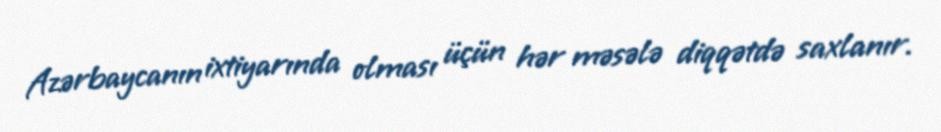
Azərbaycanın ixtiyarında olması üçün hər məsələ diqqətdə saxlanır.